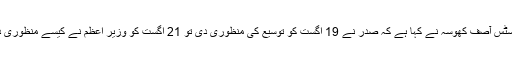
چیف جسٹس آصف کھوسہ نے کہا ہے کہ صدر نے 19 اگست کو توسیع کی منظوری دی تو 21 اگست کو وزیر اعظم نے کیسے منظوری دے دی۔